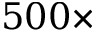
5 0 0 \times